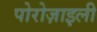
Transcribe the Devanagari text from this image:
पोरोज़ाइली